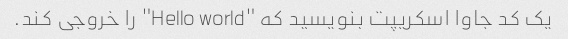
یک کد جاوا اسکریپت بنویسید که "Hello world" را خروجی کند.